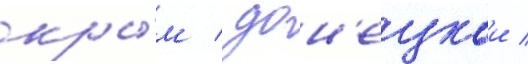
кры́м / дон'ецкои /